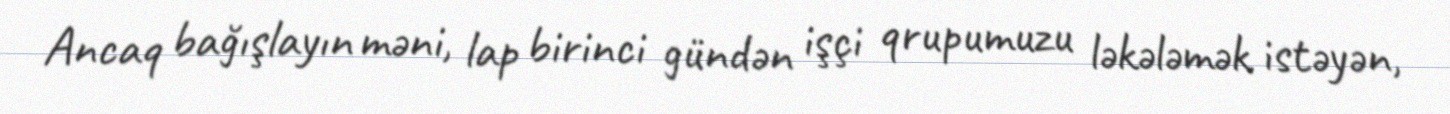
Ancaq bağışlayın məni, lap birinci gündən işçi qrupumuzu ləkələmək istəyən,